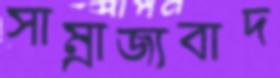
সাম্রাজ্যবাদ